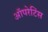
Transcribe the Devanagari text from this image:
ऑपरेटिंस